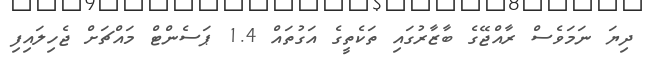
ދިޔަ ނަމަވެސް ރާއްޖޭގެ ބާޒާރުގައި ތަކެތީގެ އަގުތައް 1.4 ޕަސެންޓް މައްޗަށް ޖެހިލައިފި